Civil Veterinary Department Bihar & Orissa reports 1929-36 - 1929-1936
Year: 1929
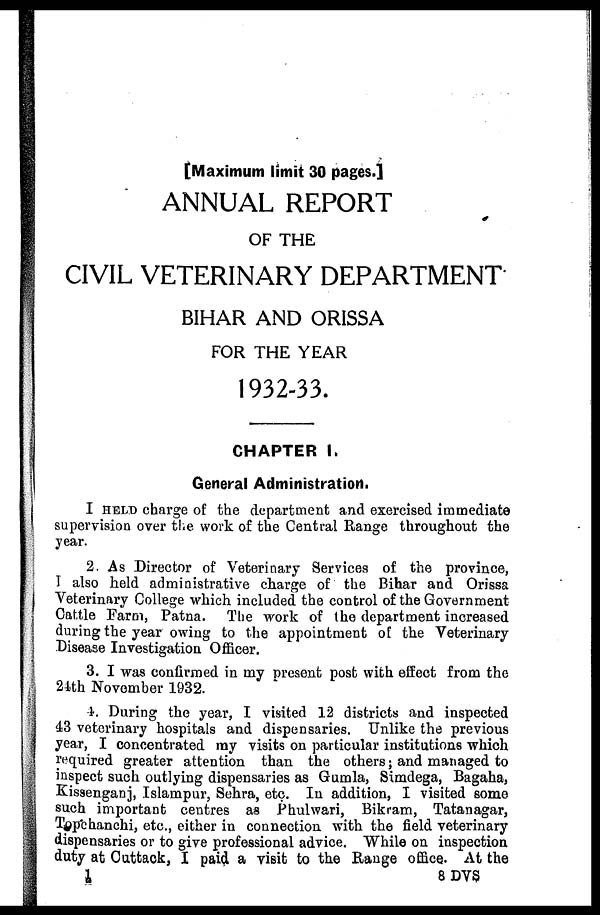
[Maximum limit 30 pages.]
ANNUAL REPORT
OF THE
CIVIL VETERINARY DEPARTMENT
BIHAR AND ORISSA
FOR THE YEAR
1932-33.
CHAPTER I.
General Administration.
I HELD charge of the department and exercised immediate
supervision over the work of the Central Range throughout the
year.
2. As Director of Veterinary Services of the province,
I also held administrative charge of the Bihar and Orissa
Veterinary College which included the control of the Government
Cattle Farm, Patna. The work of the department increased
during the year owing to the appointment of the Veterinary-
Disease Investigation Officer.
3. I was confirmed in my present post with effect from the
24th November 1932.
4. During the year, I visited 12 districts and inspected
43 veterinary hospitals and dispensaries. Unlike the previous
year, I concentrated my visits on particular institutions which
required greater attention than the others; and managed to
inspect such outlying dispensaries as Gumla, Simdega, Bagaha,
Kissenganj, Islampur, Sehra, etc. In addition, I visited some
such important centres as Phulwari, Bikram, Tatanagar,
Topcehanchi, etc., either in connection with the field veterinary
dispensaries or to give professional advice. While on inspection
duty at Cattack, I paid a visit to the Range office. At the
1
8 DVS